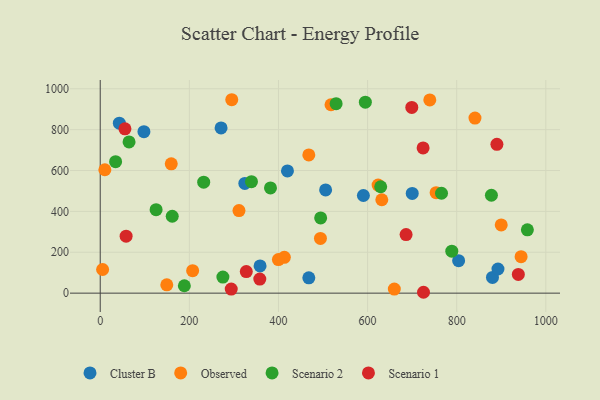
{"axis": {"x": "Engine Size", "y": "Rating"}, "legend": ["Cluster B", "Observed", "Scenario 1", "Scenario 2"], "data": [{"x": "42.9", "y": 831.7, "type": "Cluster B"}, {"x": "804.3", "y": 159.0, "type": "Cluster B"}, {"x": "468.1", "y": 75.0, "type": "Cluster B"}, {"x": "700.2", "y": 488.0, "type": "Cluster B"}, {"x": "324.5", "y": 536.9, "type": "Cluster B"}, {"x": "880.3", "y": 76.9, "type": "Cluster B"}, {"x": "420.2", "y": 598.2, "type": "Cluster B"}, {"x": "271.2", "y": 808.3, "type": "Cluster B"}, {"x": "358.7", "y": 133.4, "type": "Cluster B"}, {"x": "505.8", "y": 505.0, "type": "Cluster B"}, {"x": "98.1", "y": 789.9, "type": "Cluster B"}, {"x": "892.6", "y": 118.2, "type": "Cluster B"}, {"x": "590.6", "y": 477.8, "type": "Cluster B"}, {"x": "623.6", "y": 529.0, "type": "Observed"}, {"x": "149.4", "y": 40.8, "type": "Observed"}, {"x": "10.4", "y": 603.9, "type": "Observed"}, {"x": "899.9", "y": 333.7, "type": "Observed"}, {"x": "295.2", "y": 946.4, "type": "Observed"}, {"x": "517.9", "y": 921.8, "type": "Observed"}, {"x": "631.9", "y": 456.9, "type": "Observed"}, {"x": "207.4", "y": 109.9, "type": "Observed"}, {"x": "5.4", "y": 115.8, "type": "Observed"}, {"x": "468.1", "y": 676.1, "type": "Observed"}, {"x": "753.8", "y": 491.8, "type": "Observed"}, {"x": "739.6", "y": 945.4, "type": "Observed"}, {"x": "841.0", "y": 856.5, "type": "Observed"}, {"x": "660.0", "y": 19.8, "type": "Observed"}, {"x": "413.2", "y": 175.2, "type": "Observed"}, {"x": "399.9", "y": 164.2, "type": "Observed"}, {"x": "159.4", "y": 632.8, "type": "Observed"}, {"x": "494.2", "y": 267.6, "type": "Observed"}, {"x": "311.4", "y": 404.2, "type": "Observed"}, {"x": "944.5", "y": 178.5, "type": "Observed"}, {"x": "232.2", "y": 542.8, "type": "Scenario 2"}, {"x": "877.9", "y": 479.0, "type": "Scenario 2"}, {"x": "529.4", "y": 927.1, "type": "Scenario 2"}, {"x": "275.3", "y": 78.7, "type": "Scenario 2"}, {"x": "188.8", "y": 36.2, "type": "Scenario 2"}, {"x": "125.4", "y": 408.6, "type": "Scenario 2"}, {"x": "958.6", "y": 309.8, "type": "Scenario 2"}, {"x": "64.7", "y": 740.0, "type": "Scenario 2"}, {"x": "161.6", "y": 376.2, "type": "Scenario 2"}, {"x": "789.0", "y": 205.4, "type": "Scenario 2"}, {"x": "34.5", "y": 643.5, "type": "Scenario 2"}, {"x": "595.0", "y": 934.4, "type": "Scenario 2"}, {"x": "494.7", "y": 368.3, "type": "Scenario 2"}, {"x": "765.9", "y": 488.8, "type": "Scenario 2"}, {"x": "382.1", "y": 514.8, "type": "Scenario 2"}, {"x": "629.4", "y": 520.6, "type": "Scenario 2"}, {"x": "339.4", "y": 545.4, "type": "Scenario 2"}, {"x": "55.5", "y": 804.0, "type": "Scenario 1"}, {"x": "358.1", "y": 68.8, "type": "Scenario 1"}, {"x": "699.2", "y": 908.7, "type": "Scenario 1"}, {"x": "327.8", "y": 105.5, "type": "Scenario 1"}, {"x": "938.3", "y": 91.8, "type": "Scenario 1"}, {"x": "890.2", "y": 728.1, "type": "Scenario 1"}, {"x": "725.5", "y": 4.3, "type": "Scenario 1"}, {"x": "58.1", "y": 279.0, "type": "Scenario 1"}, {"x": "724.6", "y": 710.6, "type": "Scenario 1"}, {"x": "294.0", "y": 20.2, "type": "Scenario 1"}, {"x": "686.4", "y": 286.5, "type": "Scenario 1"}]}